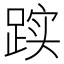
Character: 𲃭